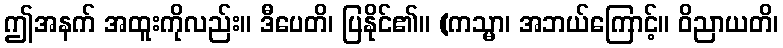
ဤအနက် အထူးကိုလည်း။ ဒီပေတိ၊ ပြနိုင်၏။ (ကသ္မာ၊ အဘယ်ကြောင့်။ ဝိညာယတိ၊